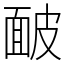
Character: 䩅